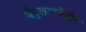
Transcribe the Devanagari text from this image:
जै़नुलआबेदीन